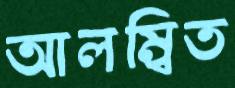
আলম্বিত